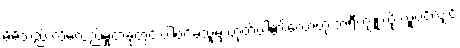
မိမိသည် လိမ်လည်မှုတခုတွင် ပါဝင်ခဲ့သူမှ ဟုတ်ပါ၏လောဟု ဘရီကျူးလို လူပင်လျှင်